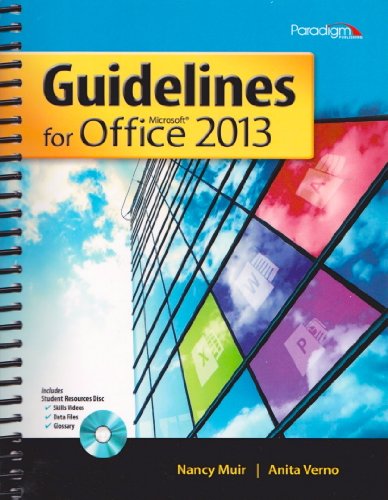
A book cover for Guidelines for Microsoft Office 2013 (Guidelines Series); Nancy Muir; Computers & Technology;